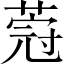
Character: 𦵤